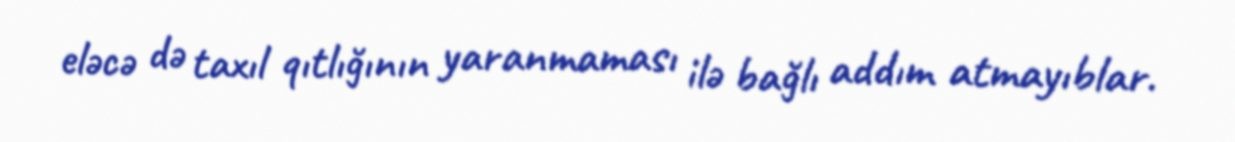
eləcə də taxıl qıtlığının yaranmaması ilə bağlı addım atmayıblar.